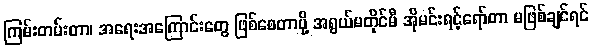
ကြမ်းတမ်းတာ၊ အရေးအကြောင်းတွေ ဖြစ်စေတာမို့ အရွယ်မတိုင်မီ အိုမင်းရင့်ရော်တာ မဖြစ်ချင်ရင်